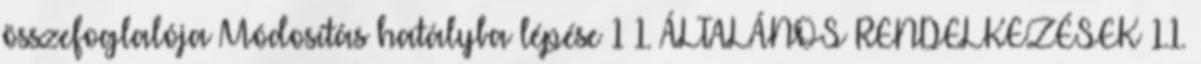
összefoglalója Módosítás hatályba lépése 1 1. ÁLTALÁNOS RENDELKEZÉSEK 1.1.